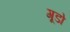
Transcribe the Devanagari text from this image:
गूडो